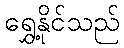
ရွှေ့နိုင်သည်